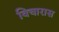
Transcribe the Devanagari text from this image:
विचारास